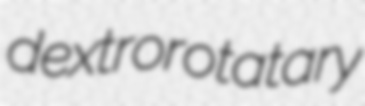
dextrorotatary